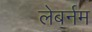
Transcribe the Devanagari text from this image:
लेबर्नम